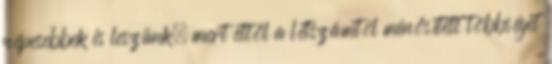
népesebbek is leszünk, mert ettől a létszámtól minősített többséget